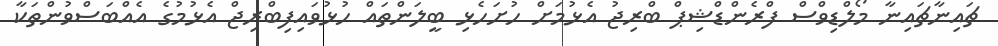
ޗައިނާޗައިނާ މޯލްޑިވްސް ފްރެންޑްޝިޕް ބްރިޖު އެޅުމަށް ހުށަހެޅި ބީލަންތައް ހުޅުވައިފިބްރިޖް އެޅުމުގެ އެއްބަސްވުންތަކާ